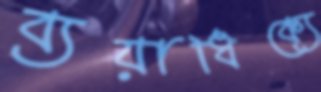
ব্যয়াধিক্যে